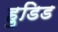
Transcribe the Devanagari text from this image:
हुडिड